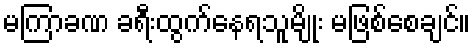
မကြာခဏ ခရီးထွက်နေရသူမျိုး မဖြစ်စေချင်။